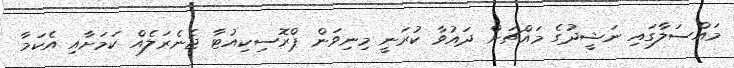
މައްސަލާގައި ނަޝީދުގެ މައްޗަށް ދައުވާ ކުރަނީ މިނިވަން ޕްރޮސިކިއުޓާ ޖެނެރަލެއް ކަމަށާއި އެކަމާ